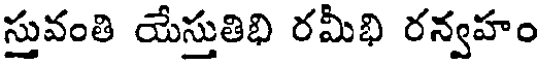
స్తువంతి యేస్తుతిభి రమీభి రన్వహం